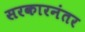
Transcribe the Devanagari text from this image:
सरकारनंतर